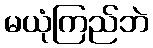
မယုံကြည်ဘဲ